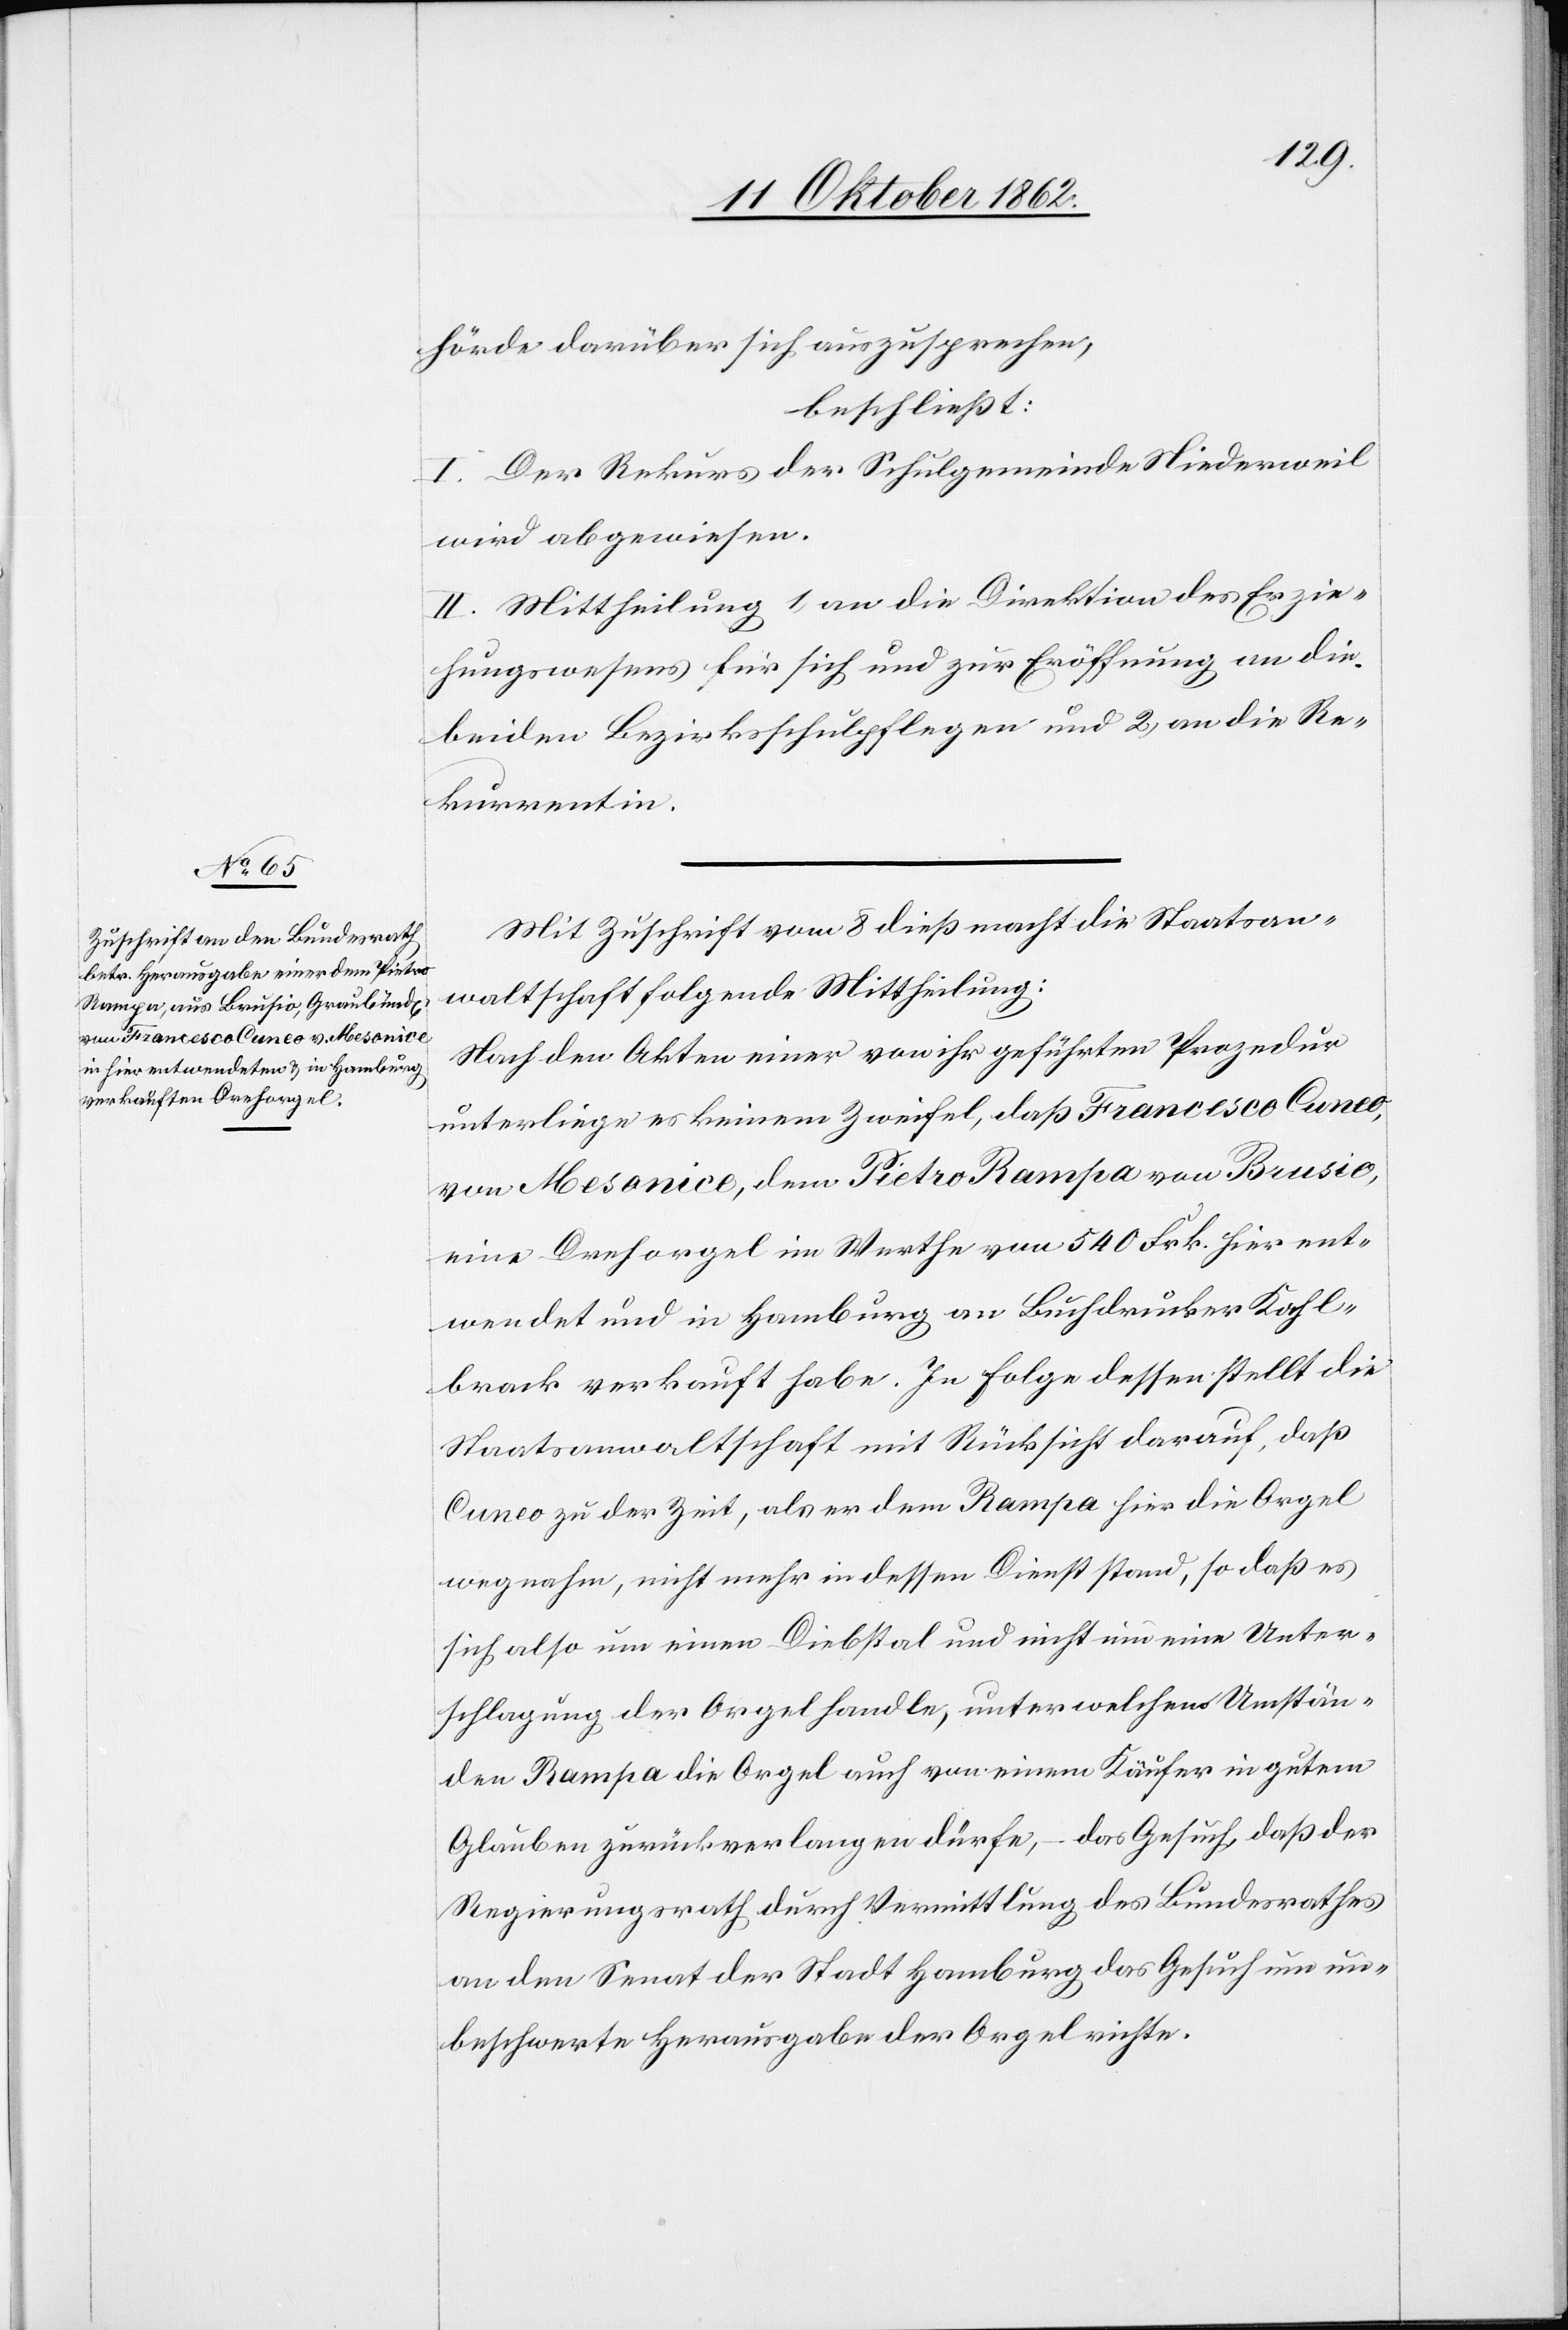
hörde darüber sich auszusprechen
beschließt:
I. Der Rekurs der Schulgemeinde Niederweil
wird abgewiesen.
II. Mittheilung 1) an die Direktion des Erzie¬
hungswesens für sich und zur Eröffnung an die
beiden Bezirksschulpflegen und 2) an die Re¬
kurrentin.
Mit Zuschrift vom 8. dieß macht die Staatsan¬
waltschaft folgende Mittheilung:
Nach den Akten einer von ihr geführten Prozedur
unterliege es keinem Zweifel, daß Francesco Cuneo
von Mesonice, dem Pietro Rampa von Brusio,
eine Drehorgel im Werthe von 540 Frk. hier ent¬
wendet und in Hamburg an Buchdrucker Kohl¬
brack verkauft habe. In Folge dessen stellt die
Staatsanwaltschaft mit Rücksicht darauf, da
Cuneo zu der Zeit, als er dem Rampa hier die Orgel
wegnahm, nicht mehr in dessen Dienst stand, so daß es
sich also um einen Diebstal und nicht um eine Unter¬
schlagung der Orgel handle, unter welchen Umstän¬
den Rampa die Orgel auch von einem Käufer in gutem
Glauben zurückverlangen dürfe, – das Gesuch, daß der
Regierungsrath durch Vermittlung des Bundesrathes
an den Senat der Stadt Hamburg das Gesuch um un¬
beschwerte Herausgabe der Orgel richte.